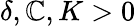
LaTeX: \delta,\mathbb{C},K>0